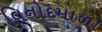
વિનોદમાળા